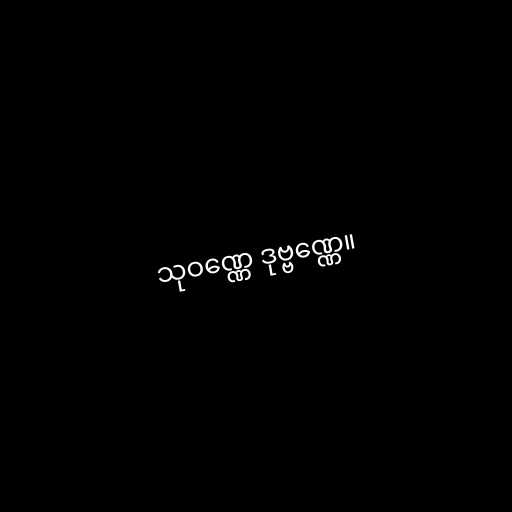
သုဝဏ္ဏေ ဒုဗ္ဗဏ္ဏေ။